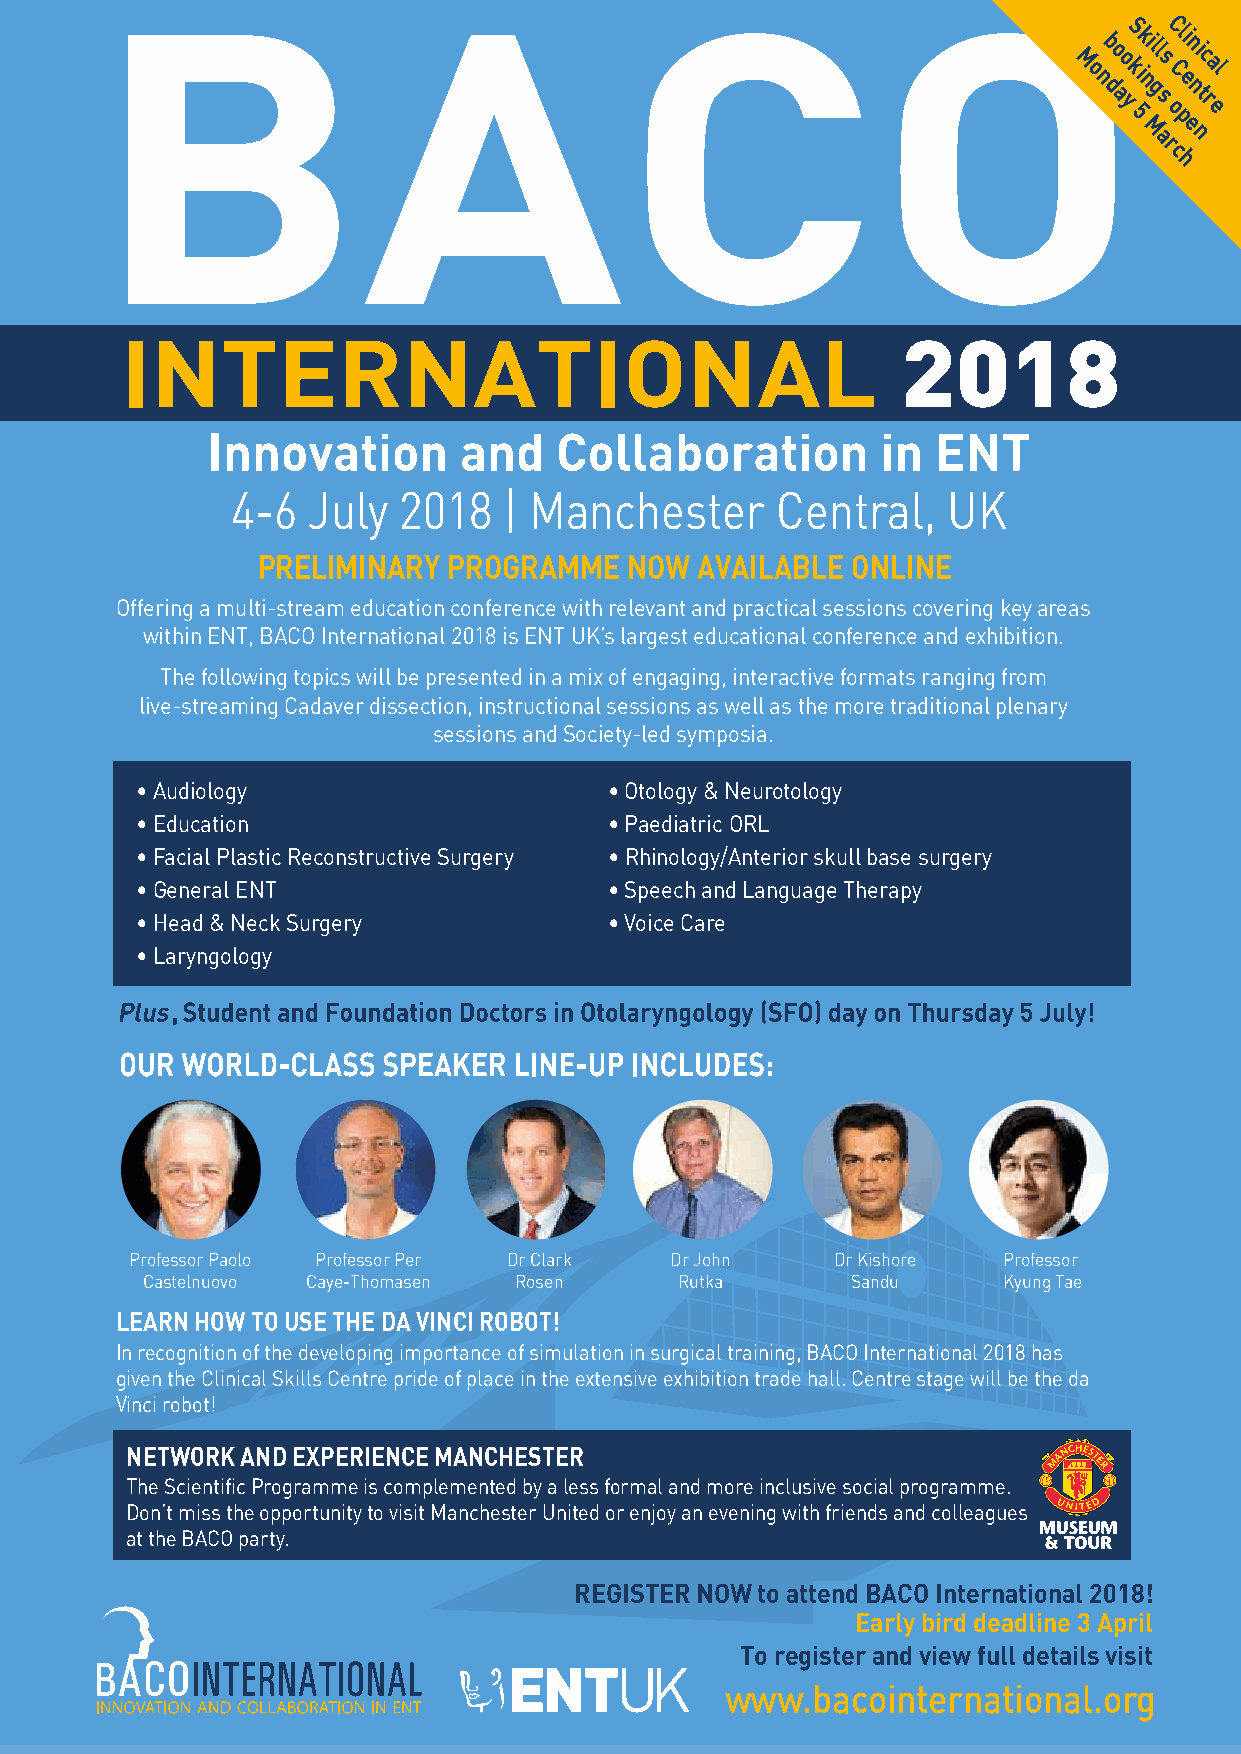
M
 ob
 o o
 kS ikill
 s
 C Cli
 ni
 c al
 n d a y 5n g s o pe nt r e
 M ae n
 r
 c
 h
 Innovation      and    Collaboration        in  ENT
 4-6  July  2018   | Manchester      Central,    UK
 PRELIMINARY  PROGRAMME  NOW  AVAILABLE ONLINE
 Offering a multi-stream education conference with relevant and practical sessions covering key areas
 within ENT, BACO International 2018 is ENT UK’s largest educational conference and exhibition.
 The following topics will be presented in a mix of engaging, interactive formats ranging from
 live-streaming Cadaver dissection, instructional sessions as well as the more traditional plenary
 sessions and Society-led symposia.
 • Audiology                    • Otology & Neurotology
 • Education                    • Paediatric ORL
 • Facial Plastic Reconstructive Surgery • Rhinology/Anterior skull base surgery
 • General ENT                  • Speech and Language Therapy
 • Head & Neck Surgery          • Voice Care
 • Laryngology
 Professor Paolo Professor Per Dr Clark Dr John Dr Kishore Professor
 Castelnuovo Caye-Thomasen Rosen     Rutka      Sandu     Kyung Tae
 LEARN HOW TO USE THE DA VINCI ROBOT!
 In recognition of the developing importance of simulation in surgical training, BACO International 2018 has
 given the Clinical Skills Centre pride of place in the extensive exhibition trade hall. Centre stage will be the da
 Vinci robot!
 NETWORK AND EXPERIENCE MANCHESTER
 The Scientific Programme is complemented by a less formal and more inclusive social programme.
 Don’t miss the opportunity to visit Manchester United or enjoy an evening with friends and colleagues
 at the BACO party.
 REGISTER NOW to attend BACO International 2018!
 Early bird deadline 3 April
 To register and view full details visit
 www.bacointernational.org